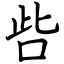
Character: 呰